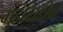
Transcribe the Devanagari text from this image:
मुहयिद्दीन